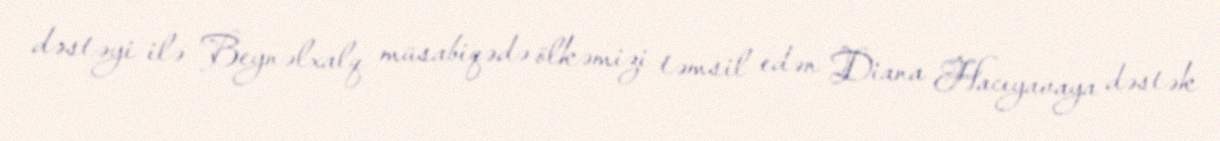
dəstəyi ilə Beynəlxalq müsabiqədə ölkəmizi təmsil edən Diana Hacıyavaya dəstək